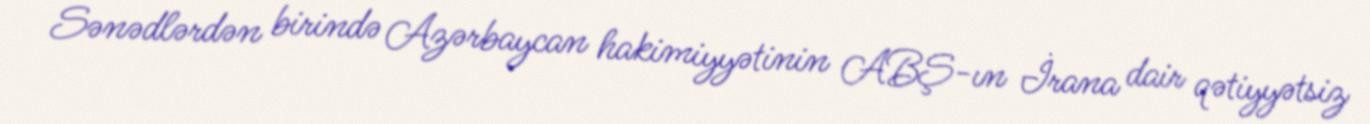
Sənədlərdən birində Azərbaycan hakimiyyətinin ABŞ-ın İrana dair qətiyyətsiz